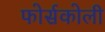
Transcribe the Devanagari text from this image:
फोर्सकोली